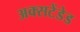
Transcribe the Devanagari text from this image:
अक्सटेंडेड